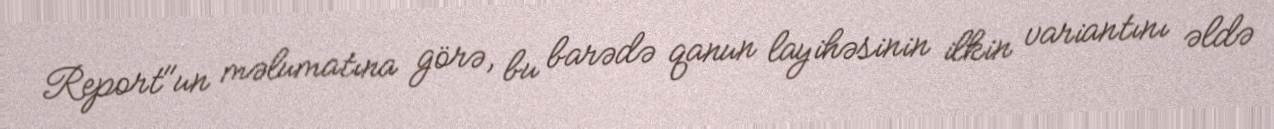
Report"un məlumatına görə, bu barədə qanun layihəsinin ilkin variantını əldə